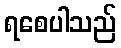
ရစေပါသည်